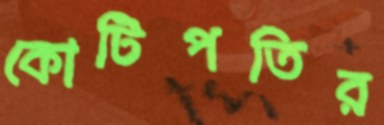
কোটিপতির